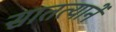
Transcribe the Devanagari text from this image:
सातत्यानें